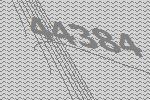
44384